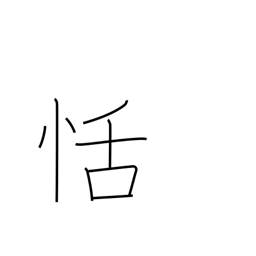
Meaning: composure